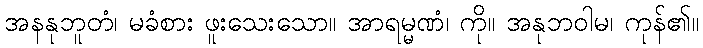
အနနုဘူတံ၊ မခံစား ဖူးသေးသော။ အာရမ္မဏံ၊ ကို။ အနုဘဝါမ၊ ကုန်၏။